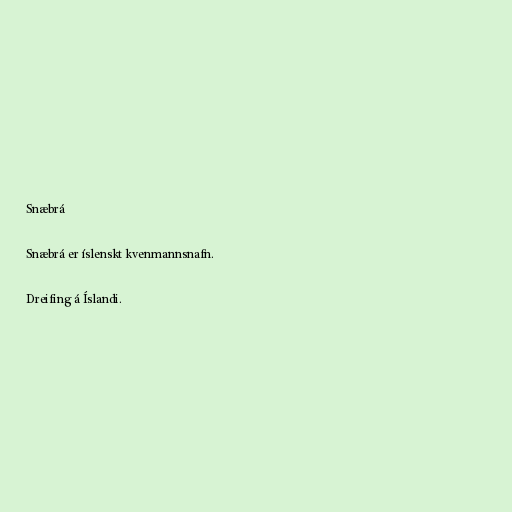
Snæbrá

Snæbrá er íslenskt kvenmannsnafn.

Dreifing á Íslandi.